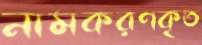
নামকরণকৃত